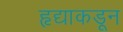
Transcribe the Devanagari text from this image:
हृद्याकडून